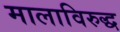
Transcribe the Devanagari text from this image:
मालाविरुद्ध